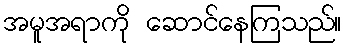
အမူအရာကို ဆောင်နေကြသည်။